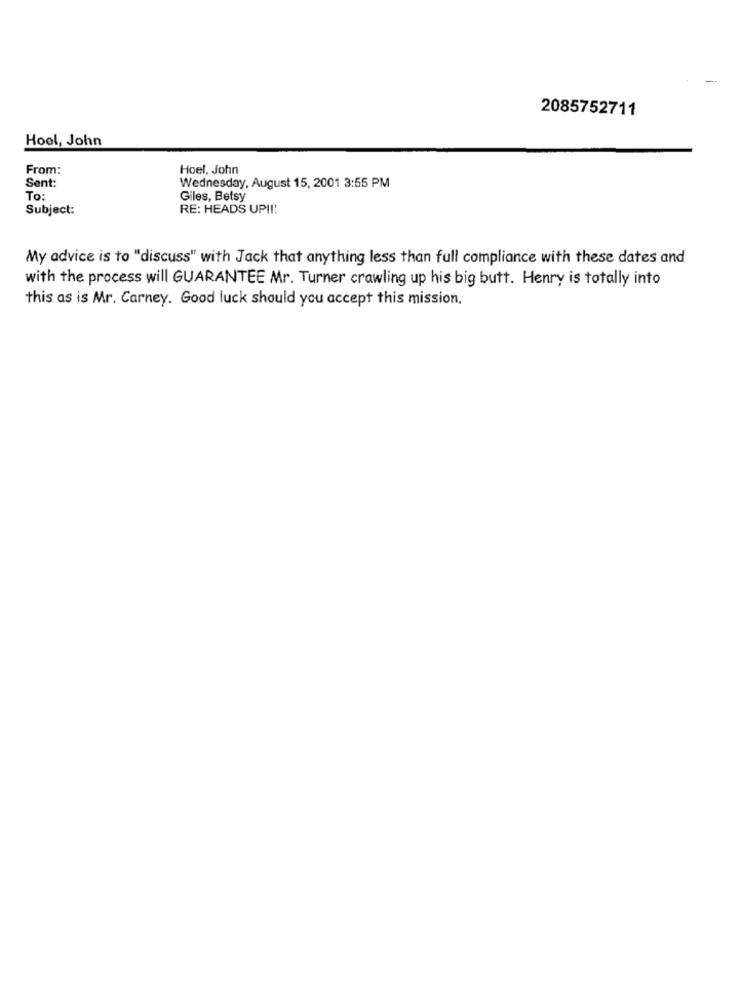
2085752711
Hoel, John
From:
Hoel, John
Sent:
Wednesday, August 15, 2001 3:55 PM
To:
Giles, Betsy
Subject:
RE: HEADS UP !!!
My advice is to "discuss" with Jack that anything less than full compliance with these dates and
with the process will GUARANTEE Mr. Turner crawling up his big butt. Henry is totally into
this as is Mr. Carney. Good luck should you accept this mission,